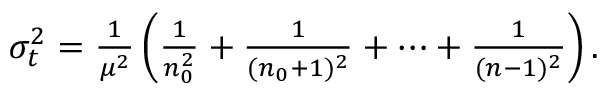
\begin{array} { r } { \sigma _ { t } ^ { 2 } = \frac { 1 } { \mu ^ { 2 } } \left( \frac { 1 } { n _ { 0 } ^ { 2 } } + \frac { 1 } { ( n _ { 0 } + 1 ) ^ { 2 } } + \cdots + \frac { 1 } { ( n - 1 ) ^ { 2 } } \right) . } \end{array}